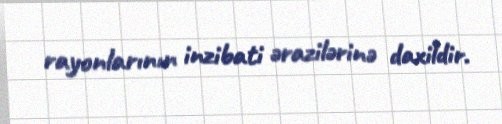
rayonlarının inzibati ərazilərinə daxildir.